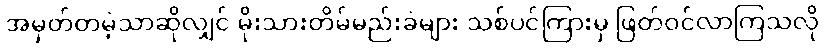
အမှတ်တမဲ့သာဆိုလျှင် မိုးသားတိမ်မည်းခဲများ သစ်ပင်ကြားမှ ဖြတ်ဝင်လာကြသလို